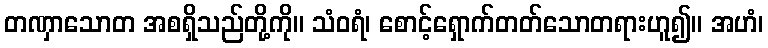
တဏှာသောတ အစရှိသည်တို့ကို။ သံဝရံ၊ စောင့်ရှောက်တတ်သောတရားဟူ၍။ အဟံ၊